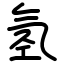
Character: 氢